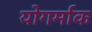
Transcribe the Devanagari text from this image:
योगर्माक